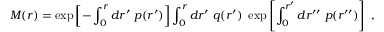
M ( r ) = \exp \left[ - \int _ { 0 } ^ { r } d r ^ { \prime } \ p ( r ^ { \prime } ) \right] \int _ { 0 } ^ { r } d r ^ { \prime } \ q ( r ^ { \prime } ) \ \exp \left[ \int _ { 0 } ^ { r ^ { \prime } } d r ^ { \prime \prime } \ p ( r ^ { \prime \prime } ) \right] \ ,